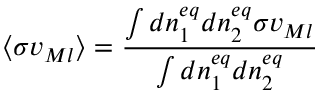
\langle \sigma v _ { M \o l } \rangle = { \frac { \int d n _ { 1 } ^ { e q } d n _ { 2 } ^ { e q } \sigma v _ { M \o l } } { \int d n _ { 1 } ^ { e q } d n _ { 2 } ^ { e q } } }